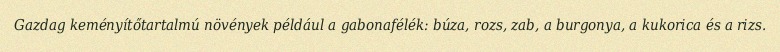
Gazdag keményítőtartalmú növények például a gabonafélék: búza, rozs, zab, a burgonya, a kukorica és a rizs.